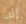
إنه